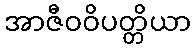
အာဇီဝဝိပတ္တိယာ